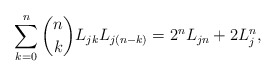
\begin{align*}\sum_{k=0}^{n} {n\choose k} L_{jk} L_{j(n-k)} = 2^n L_{jn} + 2 L_j^n,\end{align*}